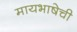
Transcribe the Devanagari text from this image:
मायभाषेची